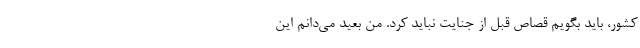
کشور، باید بگویم قصاص قبل از جنایت نباید کرد. من بعید می‌دانم این